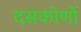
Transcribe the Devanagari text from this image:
दसकोणों